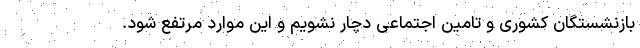
بازنشستگان کشوری و تامین اجتماعی دچار نشویم و این موارد مرتفع شود.